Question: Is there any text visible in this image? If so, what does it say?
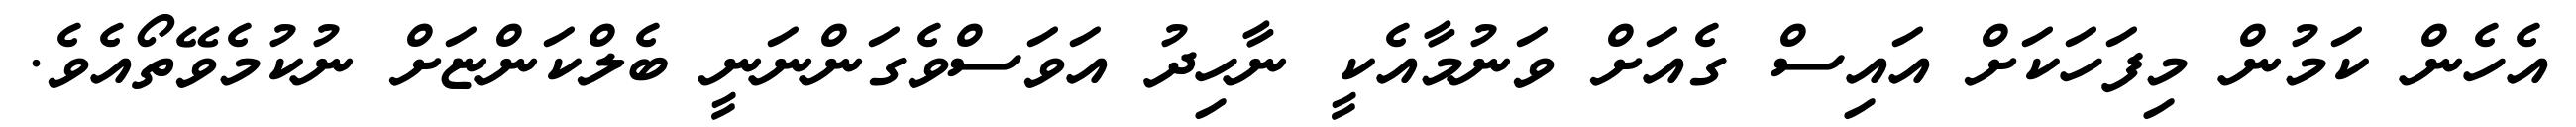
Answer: އެހެން ކަމުން މިފަހަކަށް އައިސް ގެއަށް ވަނުމާއެކީ ނާހިދު އަވަސްވެގަންނަނީ ބެލްކަންޏަށް ނުކުމެވޭތޯއެވެ.